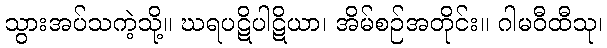
သွားအပ်သကဲ့သို့။ ဃရပဋိပါဋိယာ၊ အိမ်စဉ်အတိုင်း။ ဂါမဝီထီသု၊